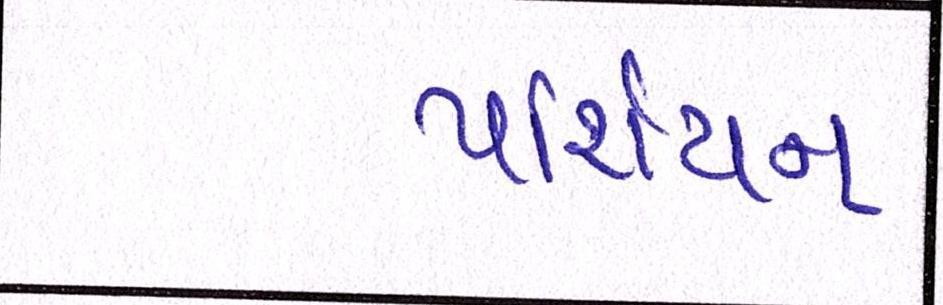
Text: પર્શિયન